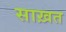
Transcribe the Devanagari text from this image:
साख़त